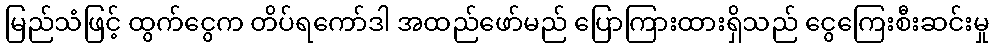
မြည်သံဖြင့် ထွက်ငွေက တိပ်ရကော်ဒါ အထည်ဖော်မည် ပြောကြားထားရှိသည် ငွေကြေးစီးဆင်းမှု